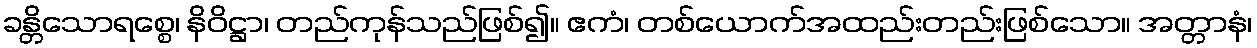
ခန္တိသောရစ္စေ၊ နိဝိဋ္ဌာ၊ တည်ကုန်သည်ဖြစ်၍။ ဧကံ၊ တစ်ယောက်အထည်းတည်းဖြစ်သော။ အတ္တာနံ၊